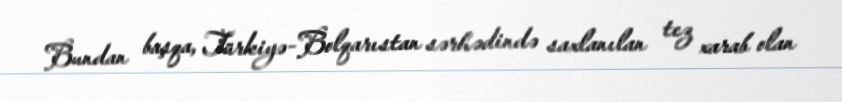
Bundan başqa, Türkiyə-Bolqarıstan sərhədində saxlanılan tez xarab olan